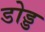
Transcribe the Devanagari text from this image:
डोड्ड